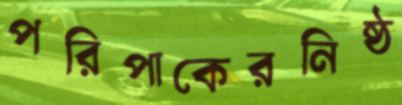
পরিপাকেরনিষ্ঠ